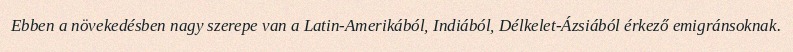
Ebben a növekedésben nagy szerepe van a Latin-Amerikából, Indiából, Délkelet-Ázsiából érkező emigránsoknak.